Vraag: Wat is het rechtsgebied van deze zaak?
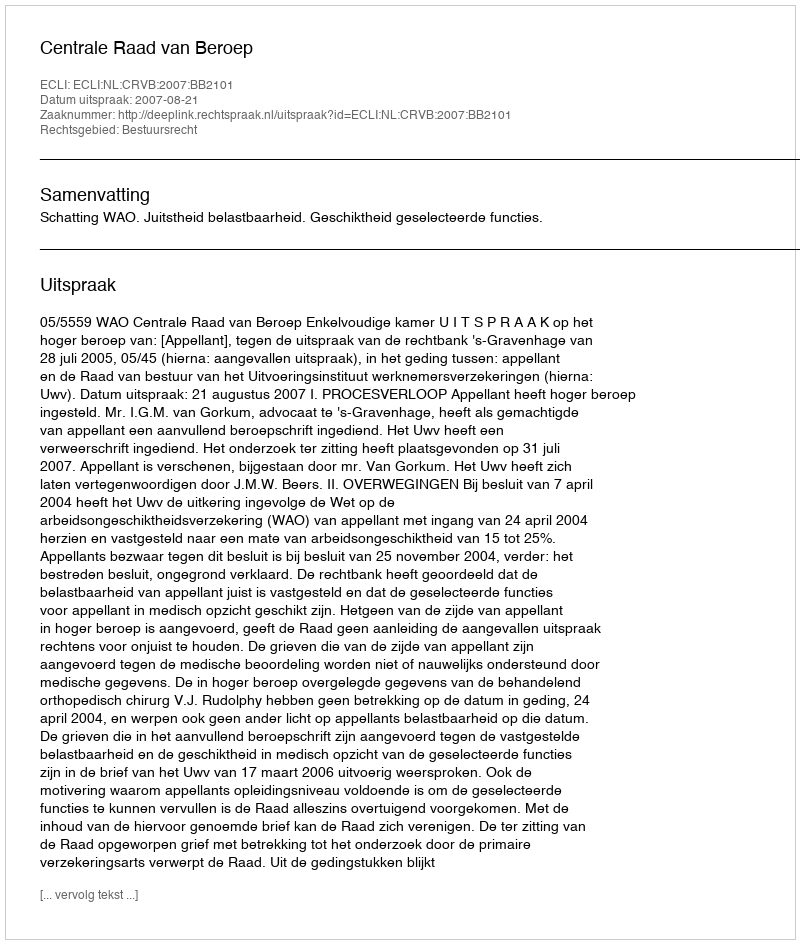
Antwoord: Bestuursrecht